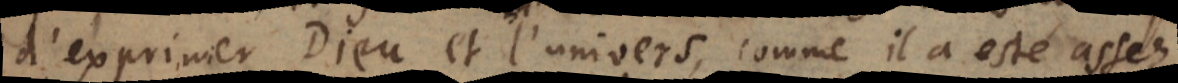
d’exprimer Dieu et l’univers, comme il a esté assez